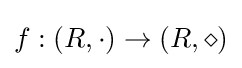
f:(R,\cdot )\to (R,\diamond )